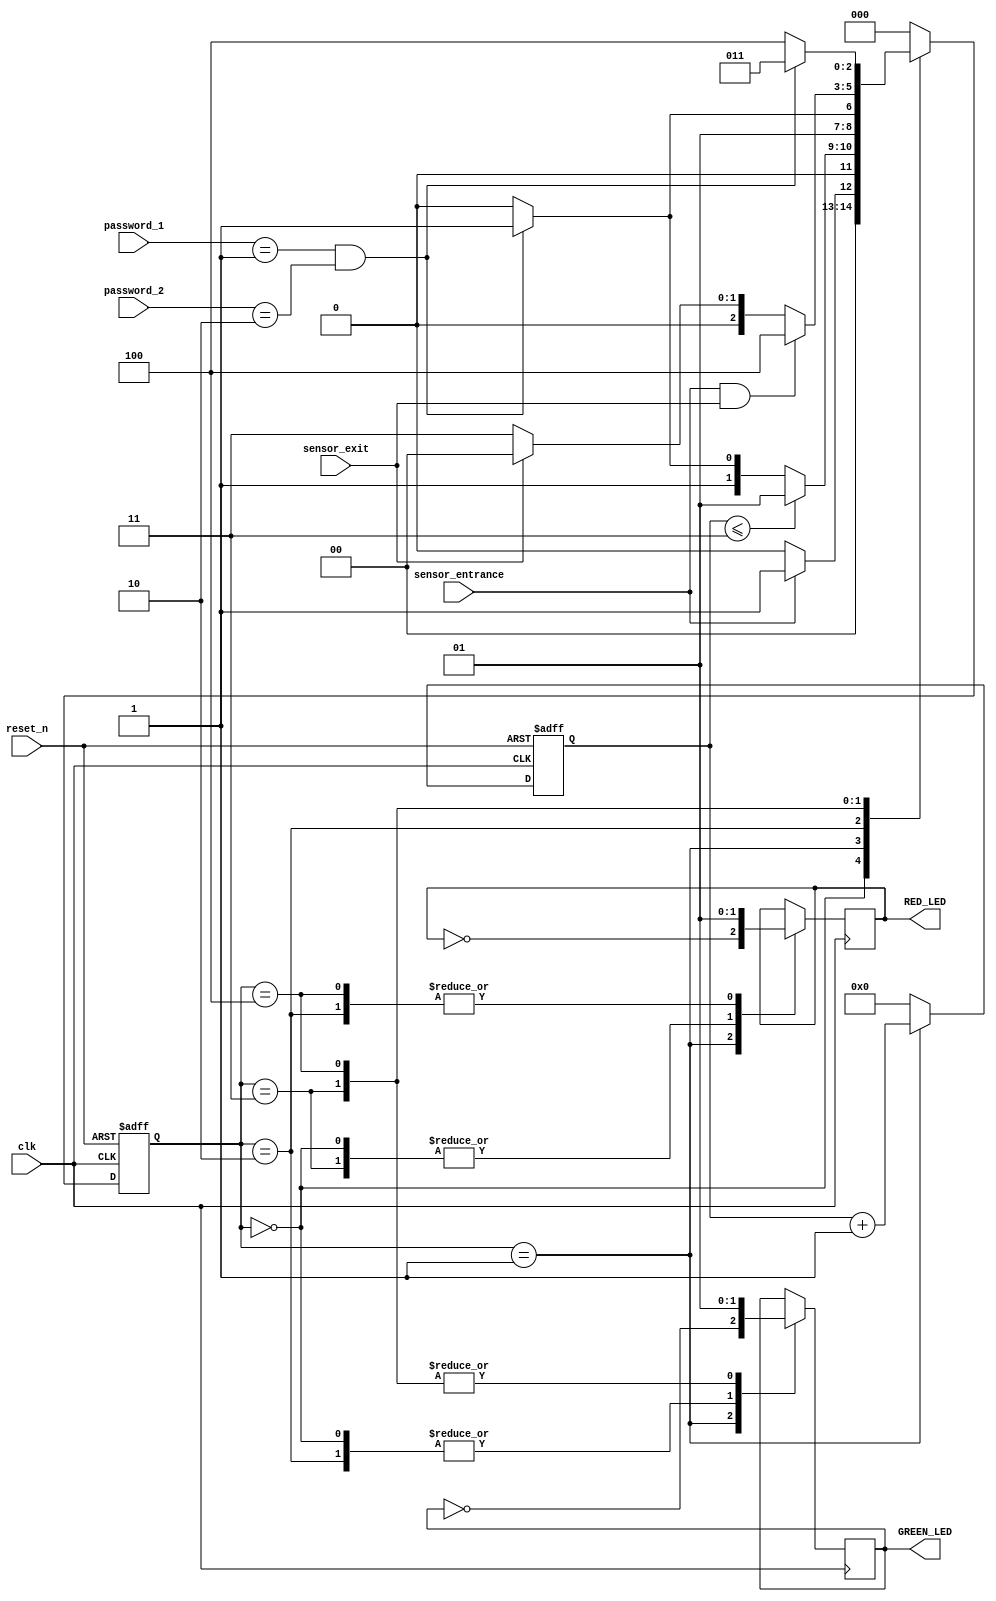
`timescale 1ns / 1ps

module parking_1( input clk,reset_n,
 input sensor_entrance, sensor_exit, 
 input [1:0] password_1, password_2,
 output wire GREEN_LED,RED_LED);

    

parameter IDLE = 3'b000, WAIT_PASSWORD = 3'b001, WRONG_PASS = 3'b010, RIGHT_PASS = 3'b011,STOP = 3'b100;
 // Moore FSM : output just depends on the current state
 reg[2:0] current_state, next_state;
 reg[31:0] counter_wait;
 reg red_tmp,green_tmp;
 // Next state
  always @(posedge clk or negedge reset_n)
 begin
 if(~reset_n) 
 current_state = IDLE;
 else
 current_state = next_state;
 end
 // counter_wait
 always @(posedge clk or negedge reset_n) 
 begin
 if(~reset_n) 
 counter_wait <= 0;
 else if(current_state==WAIT_PASSWORD)
 counter_wait <= counter_wait + 1;
 else 
 counter_wait <= 0;
 end
 // change state

 always @(*)
 begin
 case(current_state)
 IDLE: begin
         if(sensor_entrance == 1)
 next_state = WAIT_PASSWORD;
 else
 next_state = IDLE;
 end
 WAIT_PASSWORD: begin
 if(counter_wait <= 3)
 next_state = WAIT_PASSWORD;
 else 
 begin
 if((password_1==2'b01)&&(password_2==2'b10))
 next_state = RIGHT_PASS;
 else
 next_state = WRONG_PASS;
 end
 end
 WRONG_PASS: begin
 if((password_1==2'b01)&&(password_2==2'b10))
 next_state = RIGHT_PASS;
 else
 next_state = WRONG_PASS;
 end
 RIGHT_PASS: begin
 if(sensor_entrance==1 && sensor_exit == 1)
 next_state = STOP;
 else if(sensor_exit == 1)
 next_state = IDLE;
 else
 next_state = RIGHT_PASS;
 end
 STOP: begin
 if((password_1==2'b01)&&(password_2==2'b10))
 next_state = RIGHT_PASS;
 else
 next_state = STOP;
 end
 default: next_state = IDLE;
 endcase
 end
  always @(posedge clk) begin 
 case(current_state)
 IDLE: begin
 green_tmp = 1'b0;
 red_tmp = 1'b0;
 end
 
 WAIT_PASSWORD: begin
 green_tmp = ~green_tmp;//1'b0;
 red_tmp = ~red_tmp;// 1'b1;
 end
 
 WRONG_PASS: begin
 green_tmp = 1'b0;
 red_tmp = 1'b1;//~red_tmp;
 end
 
 RIGHT_PASS: begin
 green_tmp =1'b1;//~green_tmp;
 red_tmp = 1'b0;
 end
 
 STOP: begin
 green_tmp = 1'b1;
 red_tmp = 1'b1;// ~red_tmp;
 end
 endcase
 
 end
 assign RED_LED = red_tmp  ;
 assign GREEN_LED = green_tmp;

endmodule